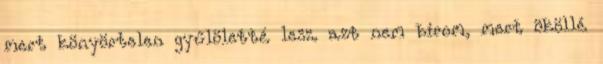
mert könyörtelen gyűlöletté lesz. azt nem bírom, mert ököllé